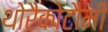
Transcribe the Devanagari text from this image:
थोरैकोटौमी